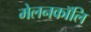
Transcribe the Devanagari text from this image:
मेलनकॉलि